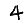
Digit: 4